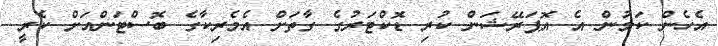
އެހެން ކަމުން އެ އޮޕަރޭޝަން ކުރި ޑޮކްޓަރުގެ ގާތަށް އެމެރިކާގެ ބޮސްޓަންއަށް ކެރީ